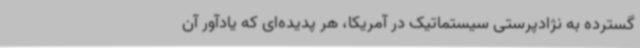
گسترده به نژادپرستی سیستماتیک در آمریکا، هر پدیده‌ای که یادآور آن